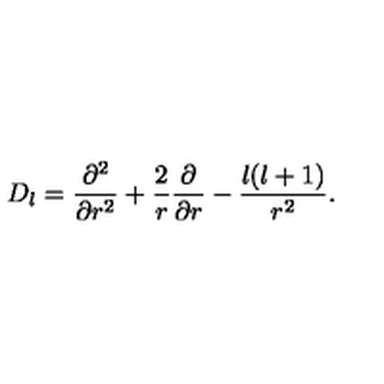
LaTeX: D _ { l } = { \frac { \partial ^ { 2 } } { \partial r ^ { 2 } } } + { \frac { 2 } { r } } { \frac { \partial } { \partial r } } - { \frac { l ( l + 1 ) } { r ^ { 2 } } } .